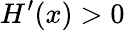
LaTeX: H^{\prime}(x)>0